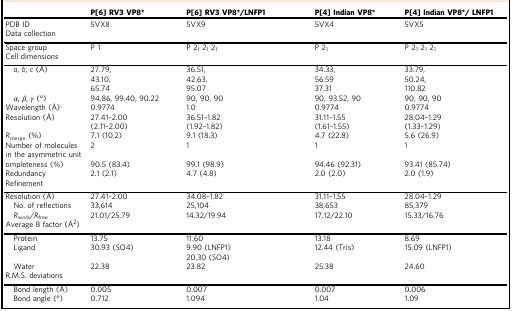
<table><thead><tr><td></td><td><b>P[6] RV3 VP8*</b></td><td><b>P[6] RV3 VP8*/LNFP1</b></td><td><b>P[4] Indian VP8*</b></td><td><b>P[4] Indian VP8*/ LNFP1</b></td></tr></thead><tbody><tr><td>PDB ID</td><td>5VX8</td><td>5VX9</td><td>5VX4</td><td>5VX5</td></tr><tr><td colspan="5">Data collection</td></tr><tr><td>Space group</td><td>P 1</td><td>P 2<sub>1</sub> 2<sub>1</sub> 2<sub>1</sub></td><td>P 2<sub>1</sub></td><td>P 2<sub>1</sub> 2<sub>1</sub> 2<sub>1</sub></td></tr><tr><td colspan="5">Cell dimensions</td></tr><tr><td><i> a</i>, <i>b</i>, <i>c</i> (Å)</td><td>27.79,43.10,65.74</td><td>36.51,42.63,95.07</td><td>34.33,56.5937.31</td><td>33.79,50.24,110.82</td></tr><tr><td><i> α</i>, <i>β</i>, <i>γ</i> (°)</td><td>94.86, 99.40, 90.22</td><td>90, 90, 90</td><td>90, 93.52, 90</td><td>90, 90, 90</td></tr><tr><td>Wavelength (Å)</td><td>0.9774</td><td>1.0</td><td>0.9774</td><td>0.9774</td></tr><tr><td>Resolution (Å)</td><td>27.41–2.00(2.11–2.00)</td><td>36.51–1.82(1.92–1.82)</td><td>31.11–1.55(1.61–1.55)</td><td>28.04–1.29(1.33–1.29)</td></tr><tr><td><i>R</i><sub>merge</sub> (%)</td><td>7.1 (10.2)</td><td>9.1 (18.3)</td><td>4.7 (22.8)</td><td>5.6 (26.9)</td></tr><tr><td>Number of molecules in the asymmetric unit</td><td>2</td><td>1</td><td>1</td><td>1</td></tr><tr><td>ompleteness (%)</td><td>90.5 (83.4)</td><td>99.1 (98.9)</td><td>94.46 (92.31)</td><td>93.41 (85.74)</td></tr><tr><td>Redundancy</td><td>2.1 (2.1)</td><td>4.7 (4.8)</td><td>2.0 (2.0)</td><td>2.0 (1.9)</td></tr><tr><td colspan="5">Refinement</td></tr><tr><td>Resolution (Å)</td><td>27.41–2.00</td><td>34.08–1.82</td><td>31.11–1.55</td><td>28.04–1.29</td></tr><tr><td> No. of reflections</td><td>33,614</td><td>25,104</td><td>38,653</td><td>85,379</td></tr><tr><td><i> R</i><sub>work</sub>/<i>R</i><sub>free</sub></td><td>21.01/25.79</td><td>14.32/19.94</td><td>17.12/22.10</td><td>15.33/16.76</td></tr><tr><td colspan="5">Average B factor (Å<sup>2</sup>)</td></tr><tr><td> Protein</td><td>13.75</td><td>11.60</td><td>13.18</td><td>8.69</td></tr><tr><td> Ligand</td><td>30.93 (SO4)</td><td>9.90 (LNFP1)20.30 (SO4)</td><td>12.44 (Tris)</td><td>15.09 (LNFP1)</td></tr><tr><td> Water</td><td>22.38</td><td>23.82</td><td>25.38</td><td>24.60</td></tr><tr><td colspan="5">R.M.S. deviations</td></tr><tr><td> Bond length (Å)</td><td>0.005</td><td>0.007</td><td>0.007</td><td>0.006</td></tr><tr><td> Bond angle (°)</td><td>0.712</td><td>1.094</td><td>1.04</td><td>1.09</td></tr></tbody></table>